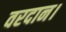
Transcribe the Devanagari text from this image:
वरदान।